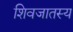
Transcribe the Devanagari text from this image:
शिवजातस्य